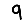
Digit: 9